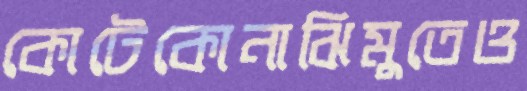
কোটেকোনাঝিমুতেও